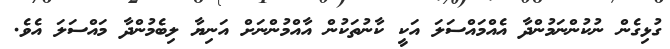
ގުޅިގެން ނުކުންނަމުންދާ އެއްމައްސަލަ އަކީ ކާނުތަކުން އާއްމުންނަށް އަނިޔާ ލިބެމުންދާ މައްސަލަ އެވެ.